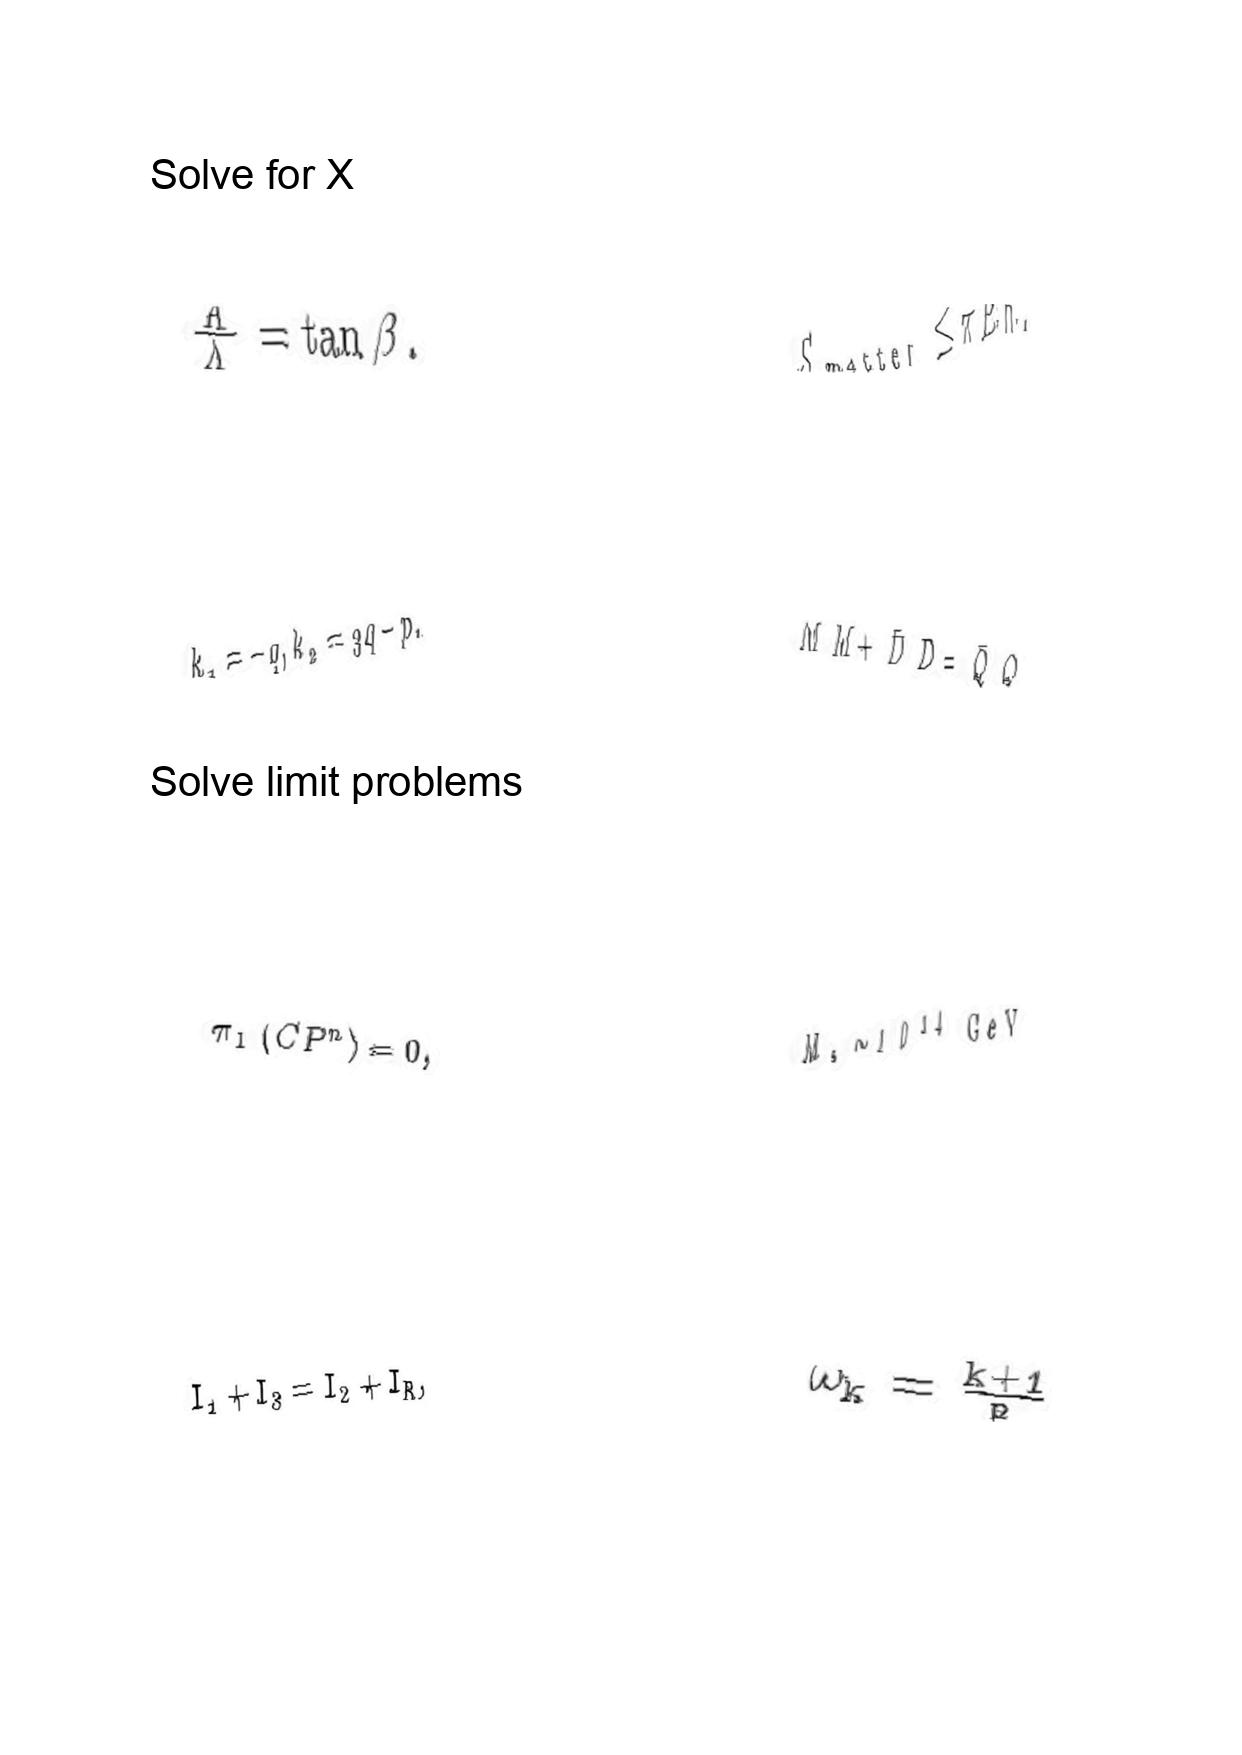
LaTeX transcription:
\frac { K } { \Lambda } = \tan \beta .
k _ { 1 } = - q , k _ { 2 } = 3 q - p .
\pi _ { 1 } \lparen C P ^ { n } \rparen = 0 ,
I _ { 1 } + I _ { 3 } = I _ { 2 } + I _ { R } ,
S _ { \mathrm { m a t t e r } } \leq \pi E h .
\bar { M } M + \bar { D } D = \bar { Q } Q
M _ { s } \sim 1 0 ^ { 1 4 } \mathrm { G e V }
\omega _ { k } = \frac { k + 1 } { R }